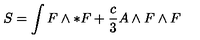
S = \int F \wedge * F + \frac { c } { 3 } A \wedge F \wedge F